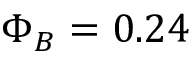
\Phi _ { B } = 0 . 2 4